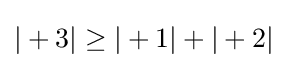
|+3|\geq |+1|+|+2|